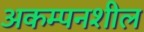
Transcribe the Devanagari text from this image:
अकम्पनशील